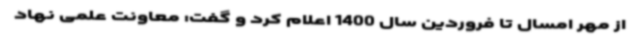
از مهر امسال تا فروردین سال 1400 اعلام کرد و گفت: معاونت علمی نهاد